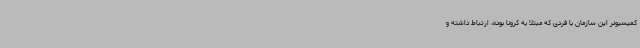
کمیسیونر این سازمان با فردی که مبتلا به کرونا بوده، ارتباط داشته و